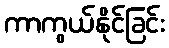
ကာကွယ်နိုင်ခြင်း